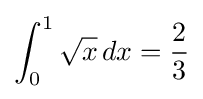
\int _{0}^{1}{\sqrt {x}}\,dx={\frac {2}{3}}